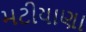
મટીયાણા